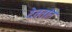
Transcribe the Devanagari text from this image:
देवतांत